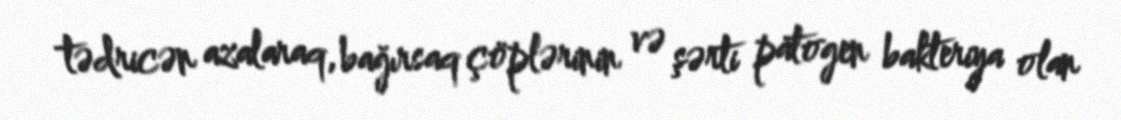
tədricən azalaraq, bağırsaq çöplərinin və şərti patogen bakteriya olan